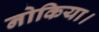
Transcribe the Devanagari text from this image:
नोकिया।